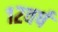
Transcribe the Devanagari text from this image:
१२वर्ष